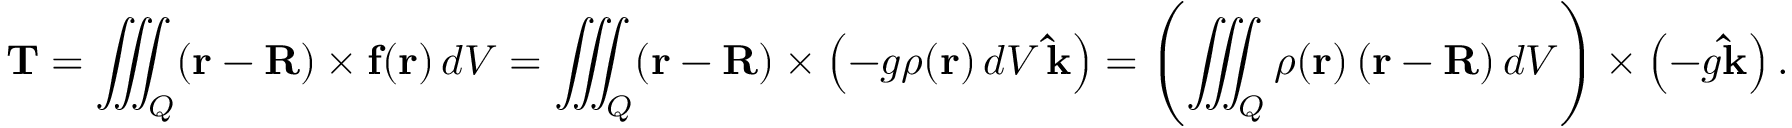
\mathbf { T } = \iiint _ { Q } ( \mathbf { r } - \mathbf { R } ) \times \mathbf { f } ( \mathbf { r } ) \, d V = \iiint _ { Q } ( \mathbf { r } - \mathbf { R } ) \times \left( - g \rho ( \mathbf { r } ) \, d V \, \mathbf { \hat { k } } \right) = \left( \iiint _ { Q } \rho ( \mathbf { r } ) \left( \mathbf { r } - \mathbf { R } \right) d V \right) \times \left( - g \mathbf { \hat { k } } \right) .